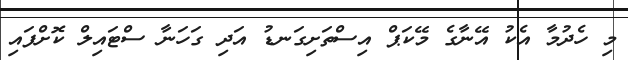
މި ހެދުމާ އެކު އޭނާގެ މޭކަޕް އިސްތަށިގަނޑު އަދި ގަހަނާ ސްޓައިލް ކޮށްފައި